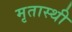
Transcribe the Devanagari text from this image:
मृतास्थी